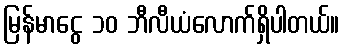
မြန်မာငွေ ၁၀ ဘီလီယံလောက်ရှိပါတယ်။